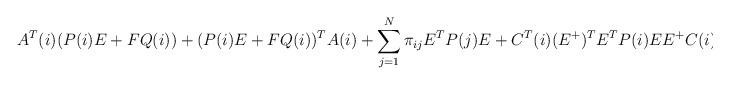
LaTeX: \begin{align*}A^T(i)(P(i)E+FQ(i))+(P(i)E+FQ(i))^TA(i)+\sum_{j=1}^{N}\pi_{ij}E^TP(j)E+C^T(i)(E^+)^TE^TP(i)EE^+C(i)<0,\end{align*}